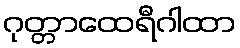
ဂုတ္တာထေရီဂါထာ